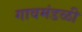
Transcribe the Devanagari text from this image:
गावमंडळी